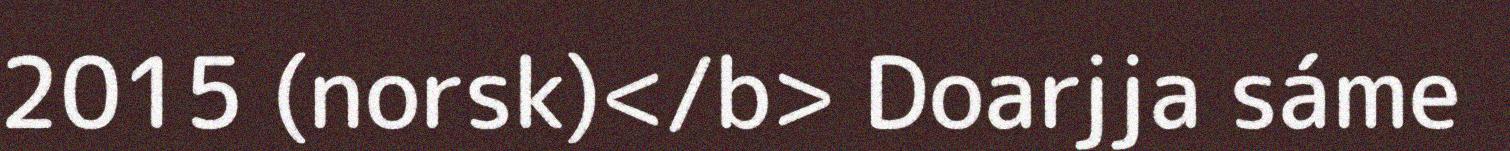
2015 (norsk)</b> Doarjja sáme